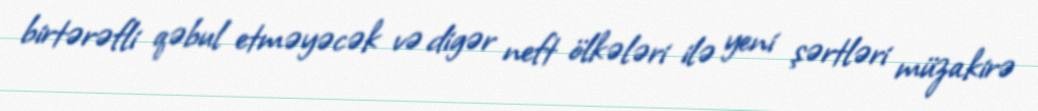
birtərəfli qəbul etməyəcək və digər neft ölkələri ilə yeni şərtləri müzakirə